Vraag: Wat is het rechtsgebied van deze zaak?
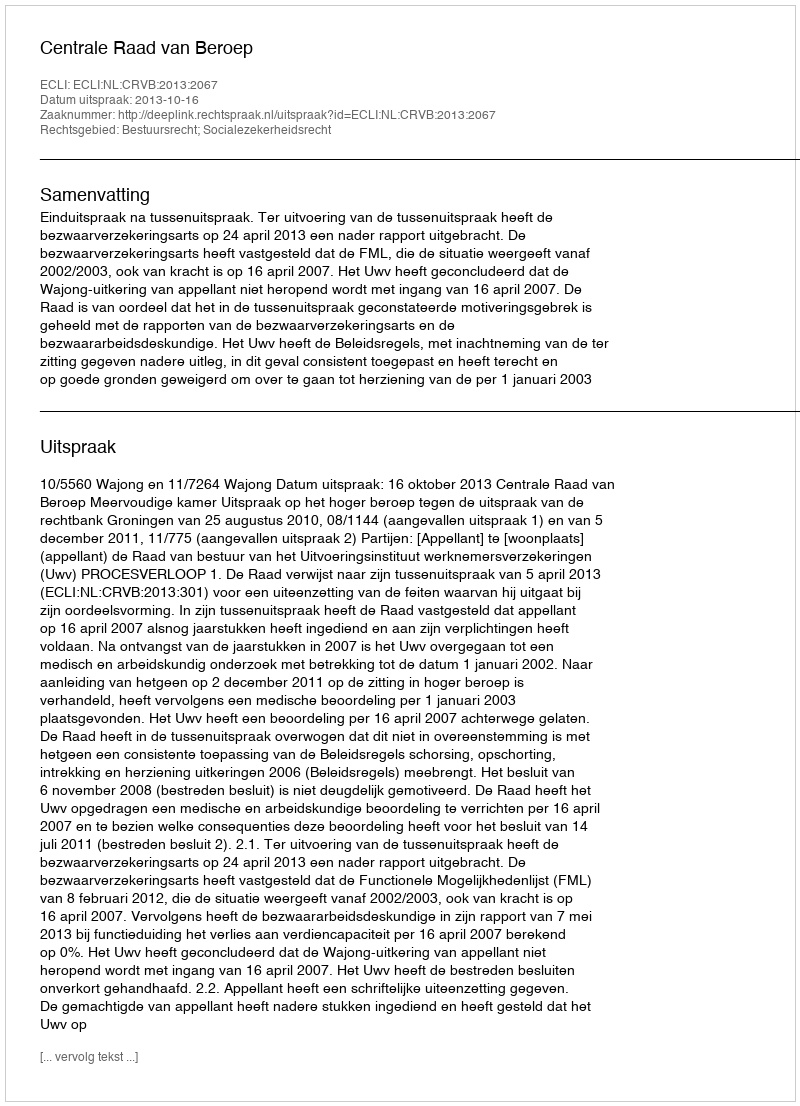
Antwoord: Bestuursrecht; Socialezekerheidsrecht